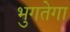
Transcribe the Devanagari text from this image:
भुगतेगा